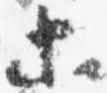
等